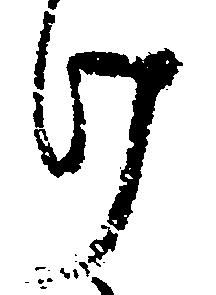
け